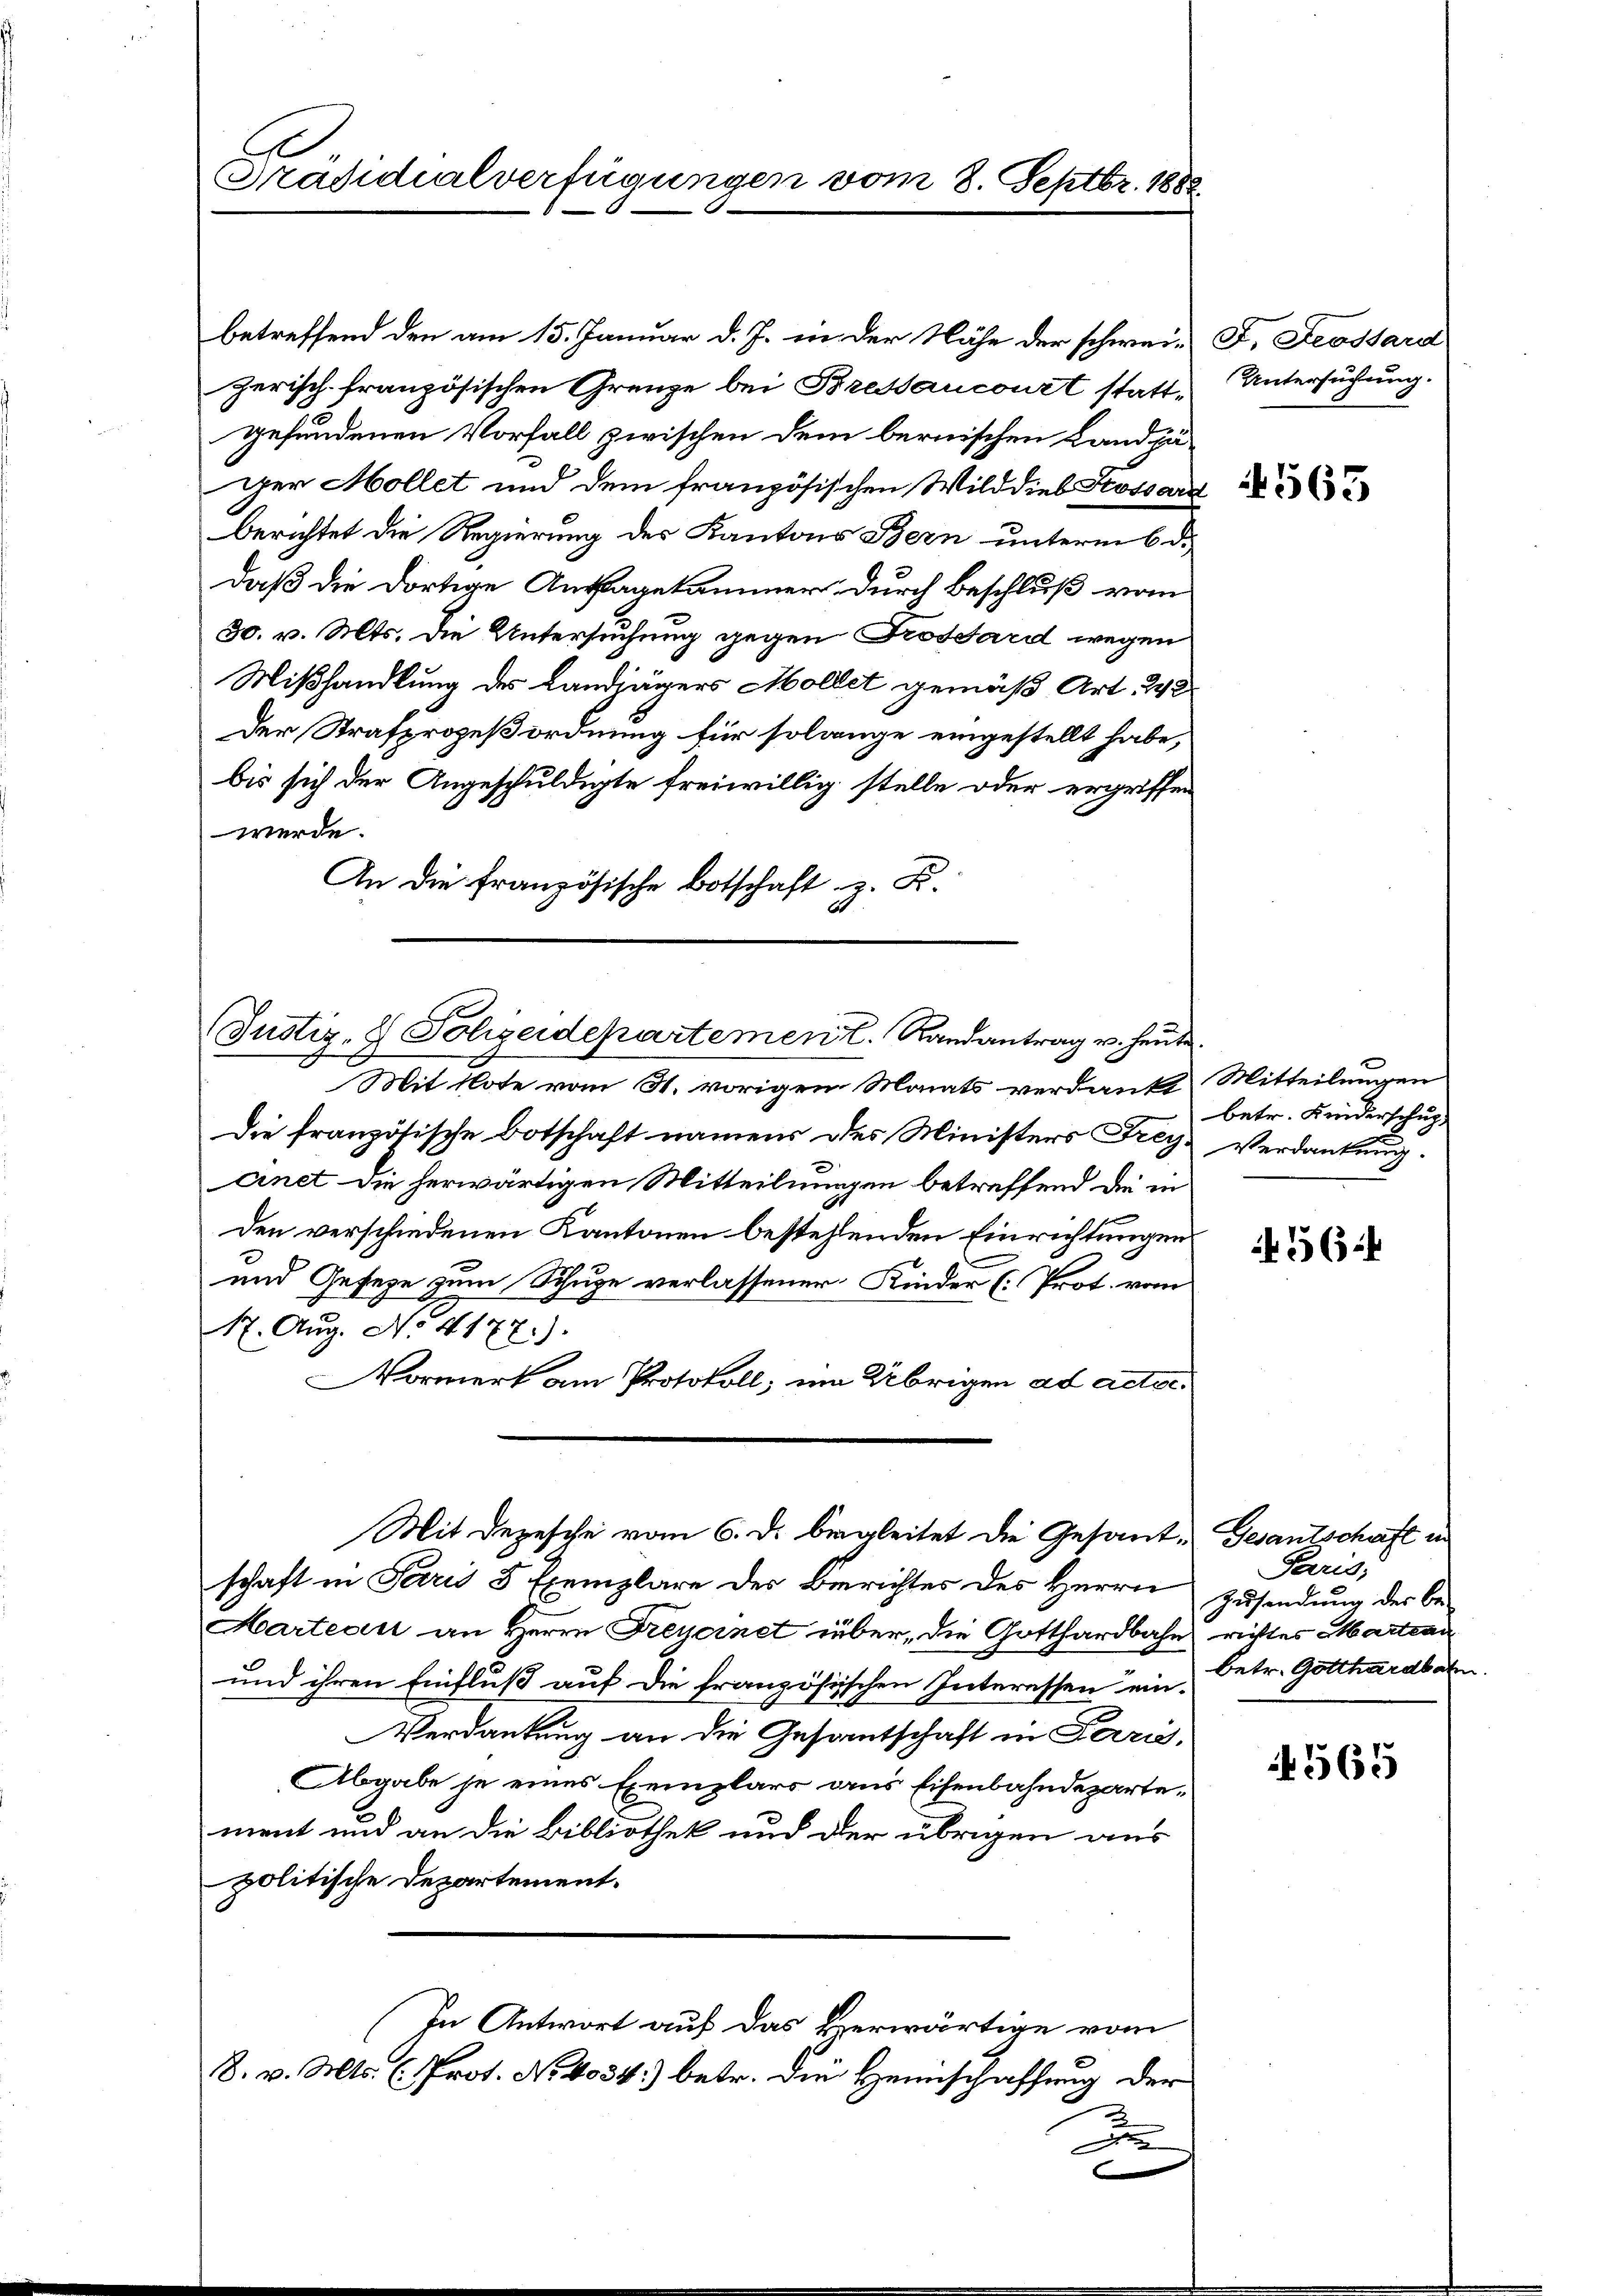
Präsidialverfügungen vom 8. Septbr. 1882

betreffend den am 15. Januar d. J. in der Nähe der schwei- F. Leossard
zerisch französischen Grenze bei Bressancourt stattgefundenen Vorfall zwischen dem bernischen Landjä
ger Mollet und dem französischen Wilddieb Fcossard
berichtet die Regierung des Kantons Bern unterm 6. d.
daß die dortige Anklagekammer durch Beschluß vom
30. v. Mts. die Untersuchung gegen Trossard wegen
Mißhandlung des Landjägers Mollet gemäß Art. 248
Der Strafprozeßordnung für solange eingestellt habe,
bis sich der Angeschuldigte freiwillig stelle oder ergriffen
werde.
An die Französische Botschaft z. B.

(Justiz- & Polizeidepartement. Randantrag u. heute.

Mit Depesche vom 6. d. begleitet die Gesant. Gesantschaft in

d
Mit Note vom 31. vorigen Monats verdankt. Mitteilungen
Die französische Botschaft namens des Ministers Frey Verdankung.
cinet die herwärtigen Mitteilungen betreffend die in
Den verschiedenen Kantonen bestehenden Einrichtungen
und Geseze zum Schuge verlassener Kinder (Prot. vom
N. Aŭg. No. 4177).
Vormerk am Protokoll, um Übrigen ad acterschaft in Paris 8 Exemplare des Berichtes des Herrn Zusendung der be-
Marteau an Herrn Freyernet über, die Gotthardbahn richtes Martean
und ihren Einfluß auf die französischen Interessen ein-
Verdankung an die Gesamtschaft in Paris,
Abgabe je eines Exemplars aus Eisenbahndepartement und an die Bibliothek und der übrigen aus
politische Departement.
In Antwort auf das Herwärtige vom
8. v. Mts. (Prot. No. 4034) betr. die Heimschaffung der
2
e

Untersuchung.

563

betr. Kinderschuz-

56

Paris;
betr. Gotthardbahn

565